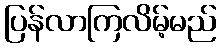
ပြန်လာကြလိမ့်မည်